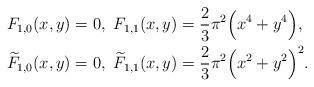
LaTeX: \begin{align*}&F_{1,0} (x,y) =0, \ F_{1,1} (x,y) = \frac{2}{3} \pi^2 \Bigl( x^4 + y^4 \Bigr), \\&\widetilde{F}_{1,0} (x,y) = 0, \ \widetilde{F}_{1,1} (x,y) = \frac{2}{3} \pi^2 \Bigl( x^2 + y^2 \Bigr)^2.\end{align*}